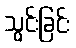
သွင်းခြင်း